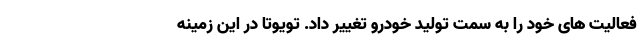
فعالیت های خود را به سمت تولید خودرو تغییر داد. تویوتا در این زمینه